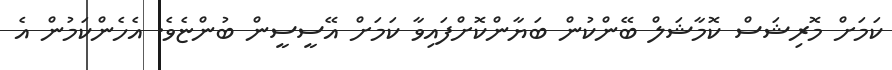
ކަމަށް މޮރިޝަސް ކޮމާޝަލް ބޭންކުން ބަޔާންކޮށްފައިވާ ކަމަށް އޭސީސީން ބުންޏެވެ. އެހެންކަމުން އެ